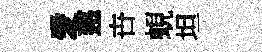
愛慈卋蜆坦